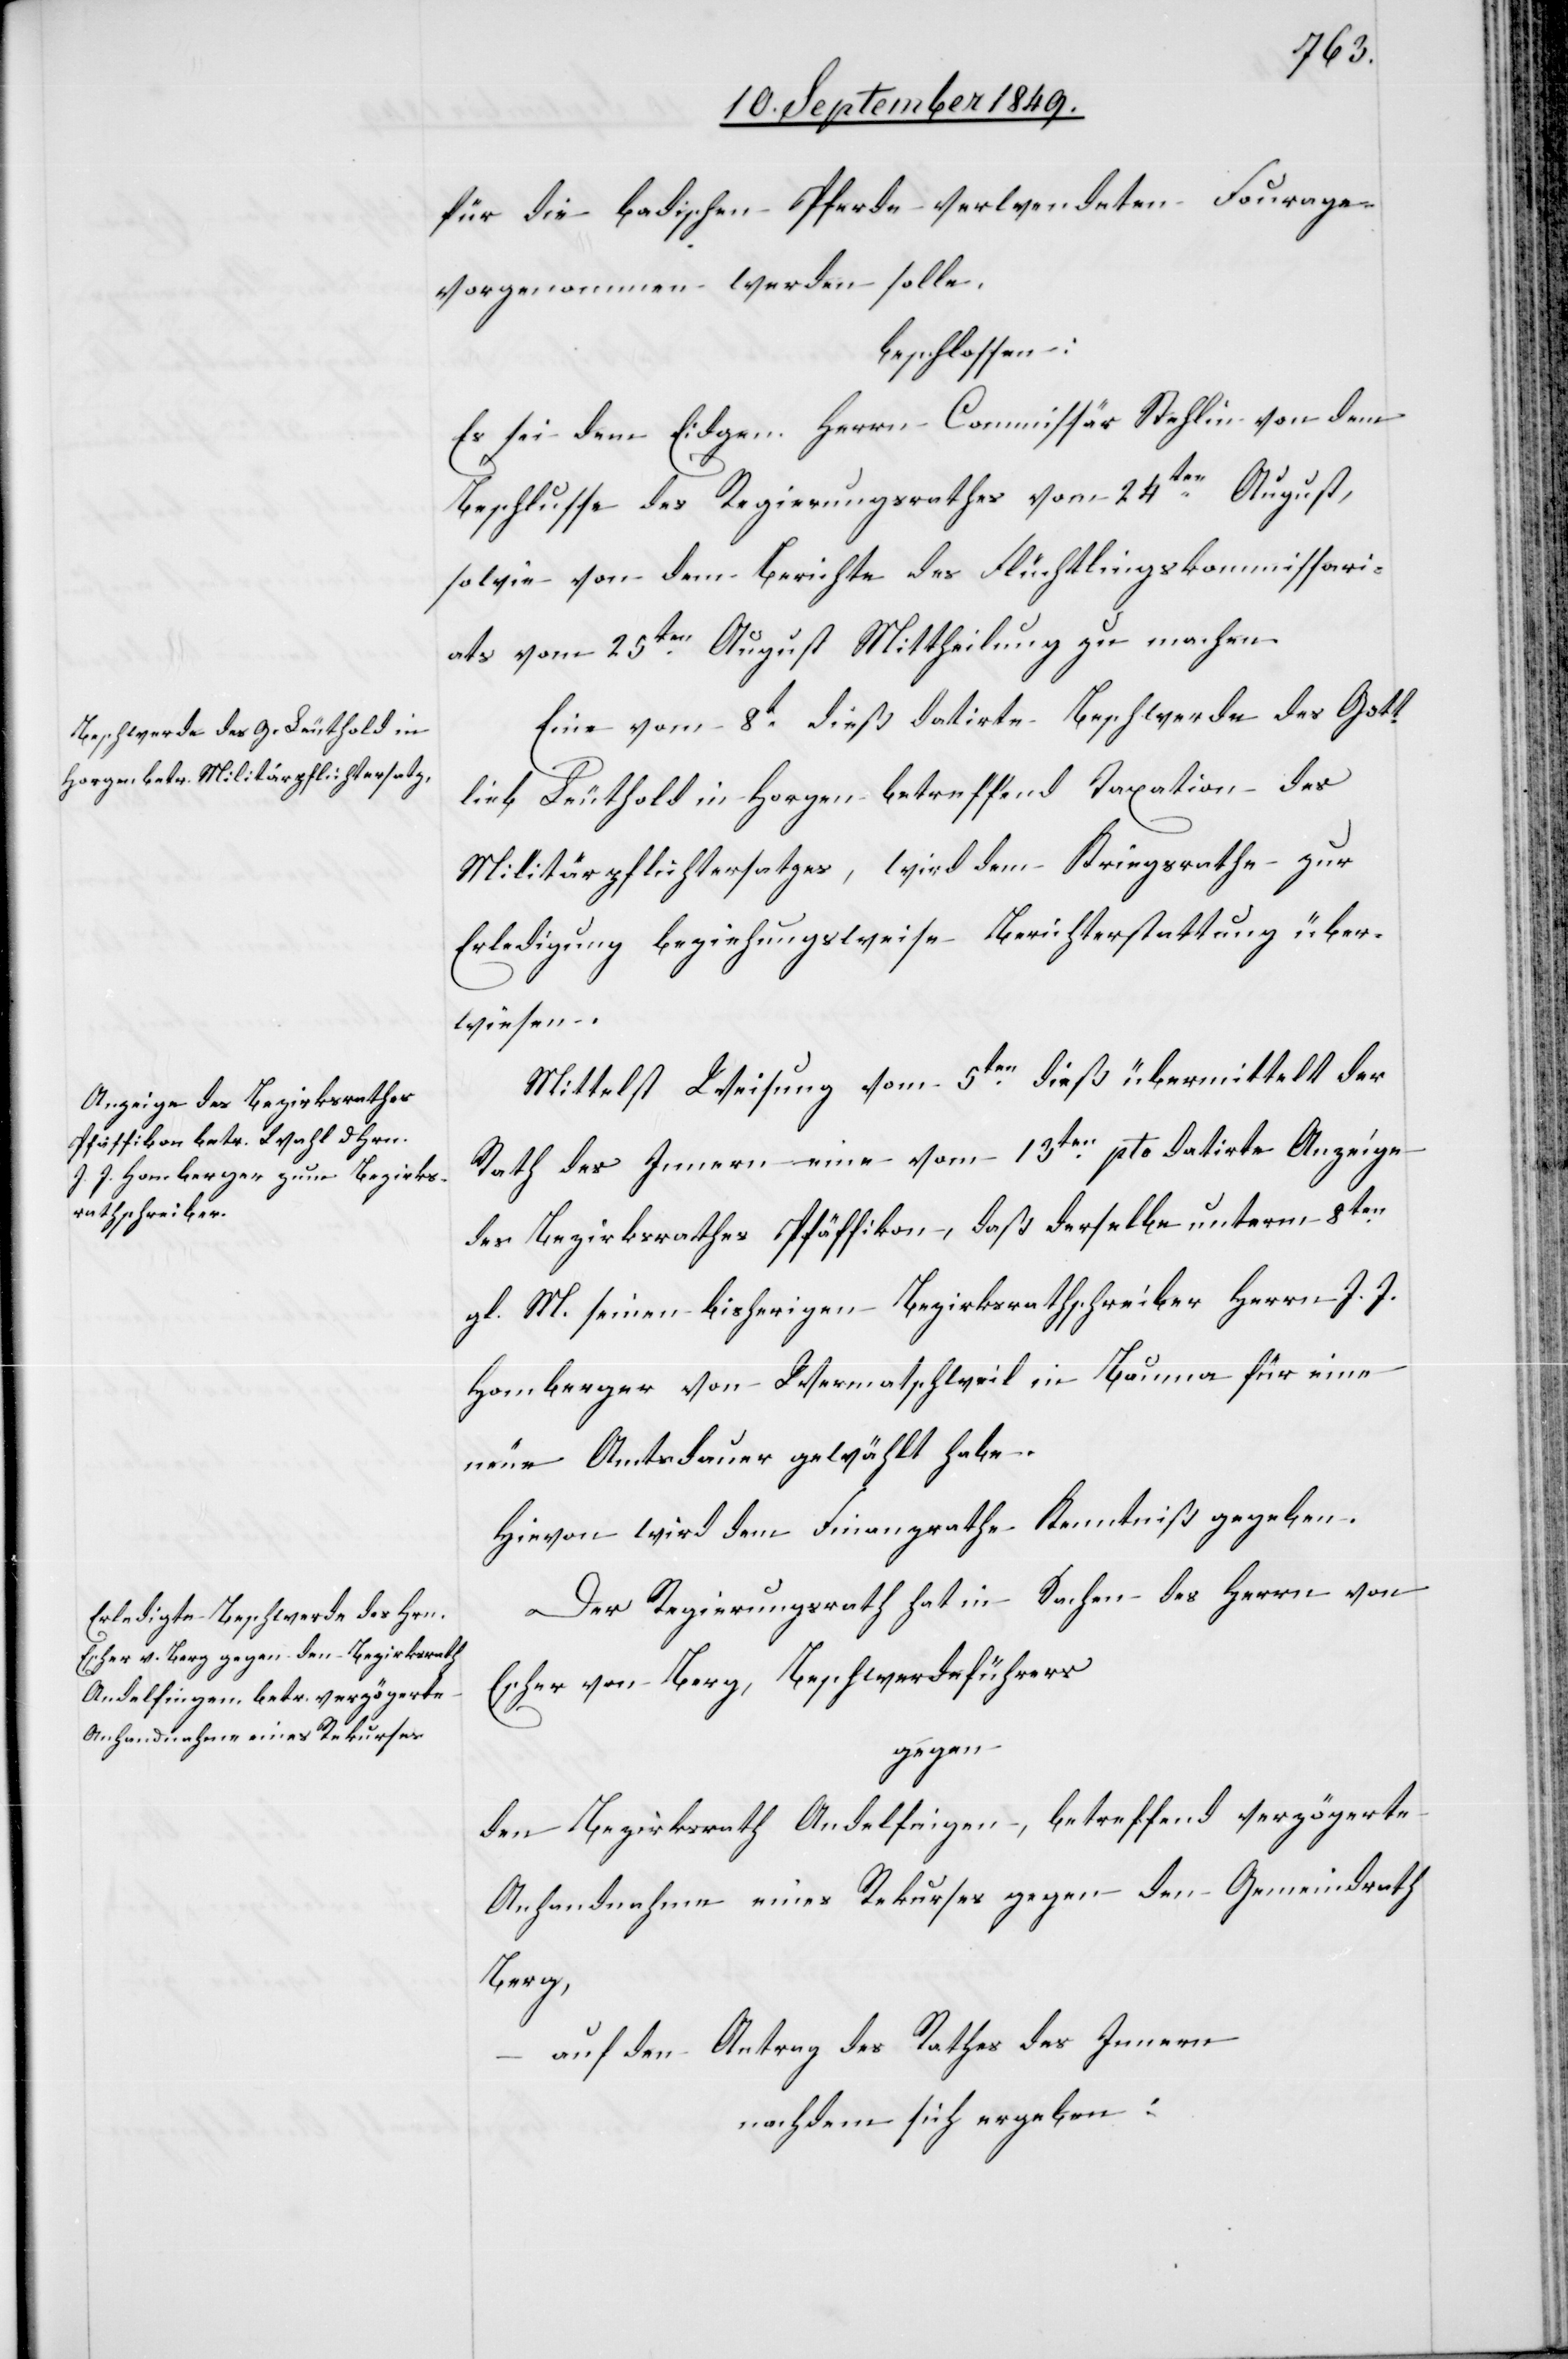
für die badischen Pferde verwendeten Fourage
vorgenommen werden solle.
beschlossen:
Es sei dem Eidgen. Herrn Commissär Stehlin von dem
Beschlusse des Regierungsrathes vom 24ten August,
sowie von dem Berichte des Flüchtlingskommissari¬
ats vom 25ten August Mittheilungen zu machen.
Eine vom 8t dieß datirte Beschwerde des Gott¬
lieb Leuthold in Horgen betreffend Taxation des
Militärpflichtersatzes, wird dem Kriegsrathe zur
Erledigung beziehungsweise Berichterstattung über¬
wiesen.
Mittelst Weisung vom 5ten dieß übermittelt der
Rath des Innern eine vom 13ten pto datirte Anzeige
des Bezirksrathes Pfäffikon, daß derselbe unterm 8ten
gl. M. seinen bisherigen Bezirksrathsschreiber Herrn J. J.
Homberger von Wermatschweil in Bauma für eine
neue Amtsdauer gewählt habe.
Hievon wird dem Finanzrathe Kenntniß gegeben.
Der Regierungsrath hat in Sachen des Herrn von
Escher von Berg, Beschwerdeführers
gegen
den Bezirksrath Andelfingen, betreffend verzögerte
Anhandnahme eines Rekurses gegen den Gemeindrath
Berg,
auf den Antrag des Rathes des Innern
nachdem sich ergeben: